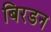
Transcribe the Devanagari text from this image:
बिरडन